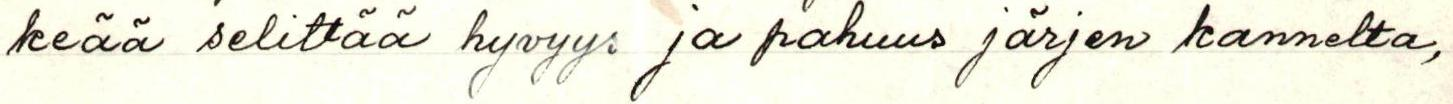
keää selittää hyvyys ja pahuus järjen kannalta,